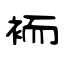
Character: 袻